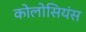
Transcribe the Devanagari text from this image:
कोलोसियंस